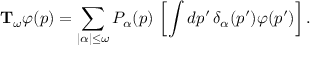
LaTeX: \mathrm { \bf T } _ { \omega } \varphi ( p ) = \sum _ { | \alpha | \le \omega } { \cal P } _ { \alpha } ( p ) \, \left[ \int d p ^ { \prime } \, \delta _ { \alpha } ( p ^ { \prime } ) \varphi ( p ^ { \prime } ) \right] .